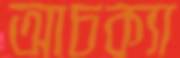
আচক্যা